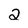
Character: 2